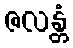
ဇလန္တံ